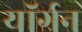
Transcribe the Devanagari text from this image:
यॉर्गन